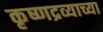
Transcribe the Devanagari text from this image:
कृष्णद्रव्याच्या